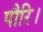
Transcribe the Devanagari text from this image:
पौरि।